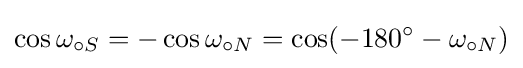
\cos \omega _{\circ S}=-\cos \omega _{\circ N}=\cos(-180^{\circ }-\omega _{\circ N})